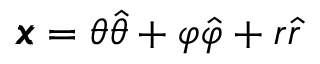
\pmb { x } = \theta \hat { \theta } + \varphi \hat { \varphi } + r \hat { r }